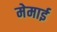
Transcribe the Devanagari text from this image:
मेमाई